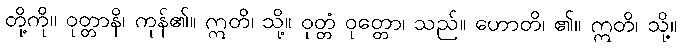
တို့ကို။ ဝုတ္တာနိ၊ ကုန်၏။ ဣတိ၊ သို့။ ဝုတ္တံ ဝုတ္တော၊ သည်။ ဟောတိ၊ ၏။ ဣတိ၊ သို့။